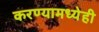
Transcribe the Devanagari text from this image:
करण्यामध्येही